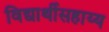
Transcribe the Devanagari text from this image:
विद्यार्थीसहाय्य